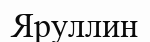
Яруллин